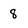
Character: 8